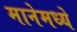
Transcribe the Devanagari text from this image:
मानेमध्ये